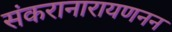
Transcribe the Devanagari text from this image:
संकरानारायणनन